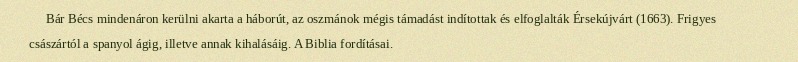
Bár Bécs mindenáron kerülni akarta a háborút, az oszmánok mégis támadást indítottak és elfoglalták Érsekújvárt (1663). Frigyes császártól a spanyol ágig, illetve annak kihalásáig. A Biblia fordításai.